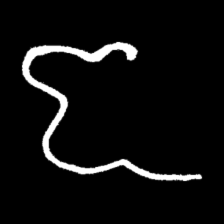
Pyu character \u2014 Myanmar letter: ဇ (romanized: ja)